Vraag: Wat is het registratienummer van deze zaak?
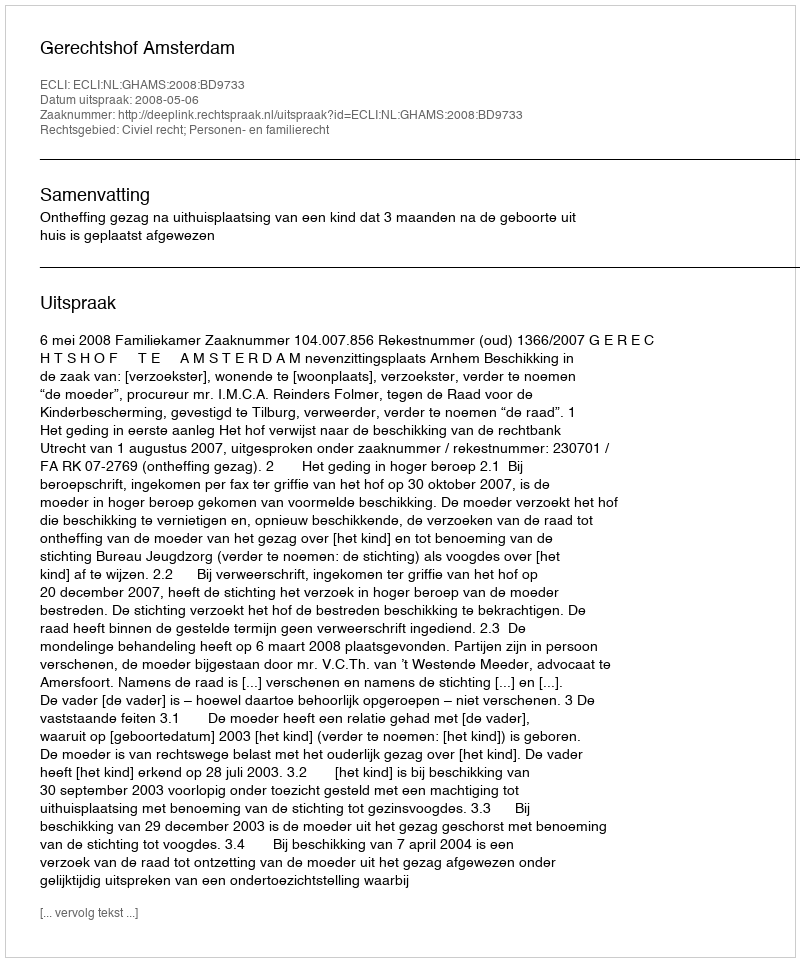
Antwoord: http://deeplink.rechtspraak.nl/uitspraak?id=ECLI:NL:GHAMS:2008:BD9733